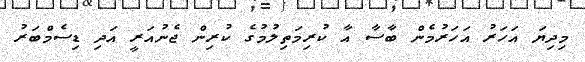
މިދިޔަ އަހަރު އަހަރުމެން ބާސާ އާ ކުރިމަތިލުމުގެ ކުރިން ޖެނުއަރީ އަދި ޑިސެމްބަރު